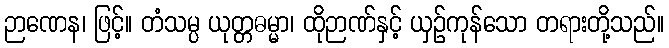
ဉာဏေန၊ ဖြင့်။ တံသမ္ပ ယုတ္တဓမ္မာ၊ ထိုဉာဏ်နှင့် ယှဉ်ကုန်သော တရားတို့သည်။